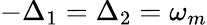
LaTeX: -\Delta_{1}=\Delta_{2}=\omega_{m}